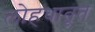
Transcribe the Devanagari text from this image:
लोहधातूत